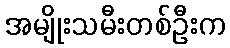
အမျိုးသမီးတစ်ဦးက